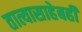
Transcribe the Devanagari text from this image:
तात्यासाहेबही